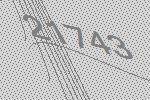
21743